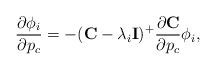
LaTeX: \begin{align*}\frac{\partial \phi_i}{\partial p_c} = -(\mathbf{C} - \lambda_i \mathbf{I})^+\frac{\partial \mathbf{C}}{\partial p_c}\phi_i,\end{align*}